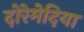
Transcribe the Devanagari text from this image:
दोरेमेदिया